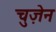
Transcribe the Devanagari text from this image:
चुज़ेन